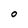
Character: o